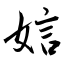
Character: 娮